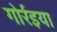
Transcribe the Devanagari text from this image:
गोर्रइया